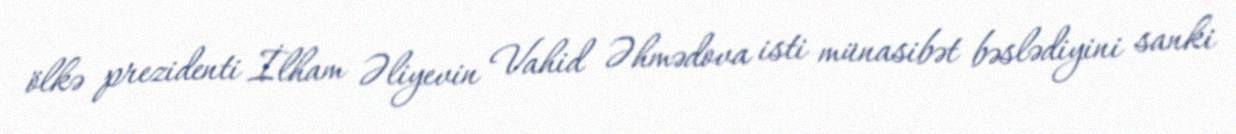
ölkə prezidenti İlham Əliyevin Vahid Əhmədova isti münasibət bəslədiyini sanki